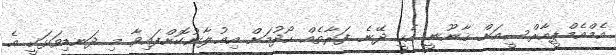
އެމްއެމްޕީއާރްސީއަށް ޤާނޫނީ އެހީ ދޭނެ ފަރާތެއް ހޯދުމަށް އިޢުލާނުކޮށްފައިވާ މި ދަނޑިވަޅަކީ އެ